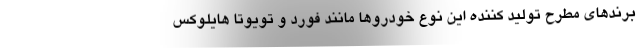
برندهاي مطرح توليد كننده اين نوع خودروها مانند فورد و تویوتا هایلوکس